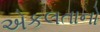
એકલતાનો